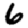
Digit: 6